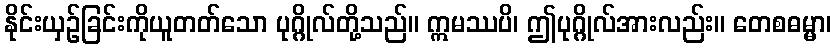
နိုင်းယှဉ်ခြင်းကိုယူတတ်သော ပုဂ္ဂိုလ်တို့သည်။ ဣမဿပိ၊ ဤပုဂ္ဂိုလ်အားလည်း။ တေစဓမ္မာ၊